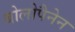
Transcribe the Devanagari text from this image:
बोलोपैनेन